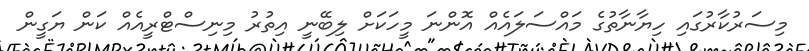
މިސަރުކާރުގައި ހިޔާނާތުގެ މައްސަލައެއް އޮންނަ މީހަކަށް ލިބޭނީ އިތުރު މިނިސްޓްރީއެއް ކަން ޔަގީން